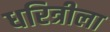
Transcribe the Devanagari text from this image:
धरित्रीला